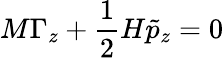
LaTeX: M\Gamma_{z}+\frac{1}{2}H\tilde{p}_{z}=0